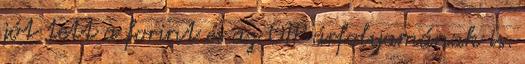
jót tett a forint és az OTP árfolyamának is.